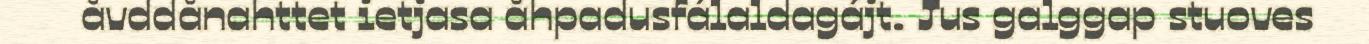
åvddånahttet ietjasa åhpadusfálaldagájt. Jus galggap stuoves